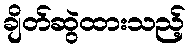
ချိတ်ဆွဲထားသည့်